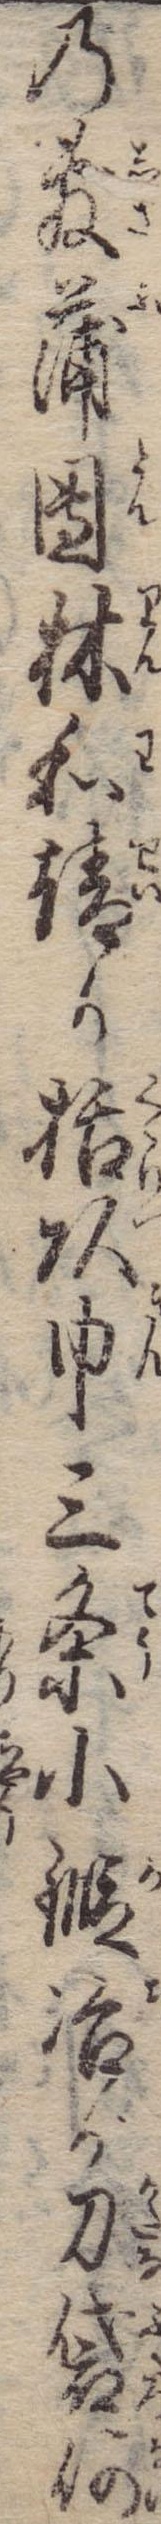
の敷蒲団林和靖か括頭巾三条小鍛冶が刀袋何